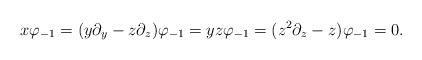
LaTeX: \begin{align*}x\varphi_{-1} = (y\partial_y - z\partial_z)\varphi_{-1} = yz\varphi_{-1} = (z^2\partial_z-z)\varphi_{-1} = 0.\end{align*}